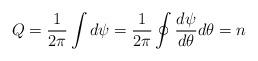
LaTeX: \begin{align*}Q=\frac{1}{2\pi} \int d\psi =\frac{1}{2\pi } \oint \frac{d\psi }{d\theta } d\theta=n\end{align*}